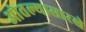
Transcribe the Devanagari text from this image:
ओतल्यासारखे